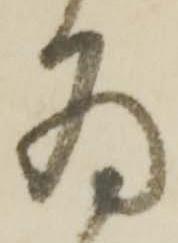
為